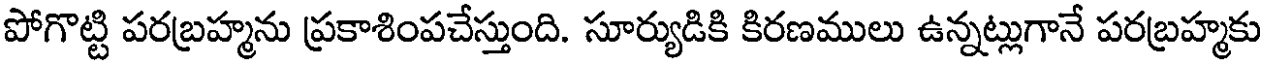
పోగొట్టి పరబ్రహ్మను ప్రకాశింపచేస్తుంది. సూర్యుడికి కిరణములు ఉన్నట్లుగానే పరబ్రహ్మకు